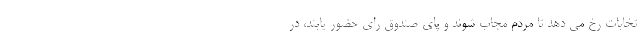
تخابات رخ می دهد تا مردم مجاب شوند و پای صندوق رای حضور یابند، در